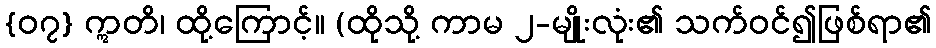
{၀၇} ဣတိ၊ ထို့ကြောင့်။ (ထိုသို့ ကာမ ၂-မျိုးလုံး၏ သက်ဝင်၍ဖြစ်ရာ၏